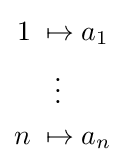
{\begin{alignedat}{3}1\;&\mapsto &&\;a_{1}\\\;&\;\;\vdots &&\;\\n\;&\mapsto &&\;a_{n}\\\end{alignedat}}